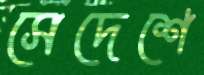
সেদেশে